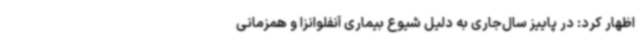
اظهار کرد: در پاییز سال‌جاری به دلیل شیوع بیماری آنفلوانزا و همزمانی